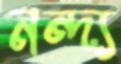
নন্দ্য